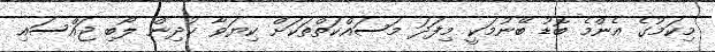
މިކަމުގެ އެންމެ ބޮޑު ބޭނުމަކީ މިފަދަ މަސައްކަތްތަކަށް ކިޔަވާ ކުދިން ލޯބި ޖައްސައި